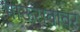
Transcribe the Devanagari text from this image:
भाऊरावावर